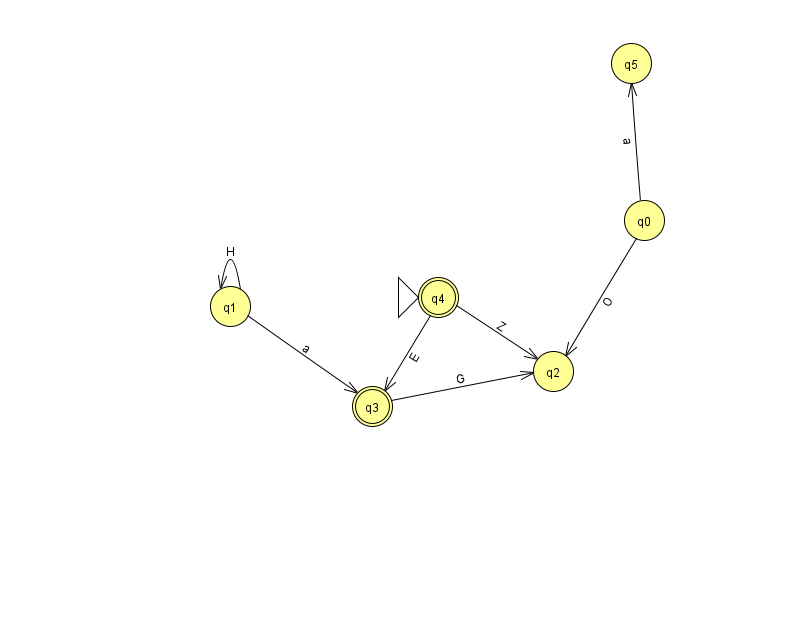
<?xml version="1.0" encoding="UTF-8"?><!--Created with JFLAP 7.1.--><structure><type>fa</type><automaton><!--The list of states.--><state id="0" name="q0"><x>644.0</x><y>207.0</y></state><state id="1" name="q1"><x>230.0</x><y>293.0</y></state><state id="2" name="q2"><x>553.0</x><y>358.0</y></state><state id="3" name="q3"><x>372.0</x><y>393.0</y><final/></state><state id="4" name="q4"><x>438.0</x><y>284.0</y><initial/><final/></state><state id="5" name="q5"><x>631.0</x><y>50.0</y></state><!--The list of transitions.--><transition><from>4</from><to>3</to><read>E</read></transition><transition><from>0</from><to>2</to><read>O</read></transition><transition><from>3</from><to>2</to><read>G</read></transition><transition><from>0</from><to>5</to><read>a</read></transition><transition><from>1</from><to>1</to><read>H</read></transition><transition><from>4</from><to>2</to><read>Z</read></transition><transition><from>1</from><to>3</to><read>a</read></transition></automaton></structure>